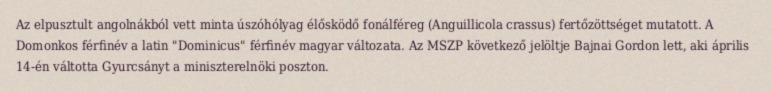
Az elpusztult angolnákból vett minta úszóhólyag élősködő fonálféreg (Anguillicola crassus) fertőzöttséget mutatott. A Domonkos férfinév a latin "Dominicus" férfinév magyar változata. Az MSZP következő jelöltje Bajnai Gordon lett, aki április 14-én váltotta Gyurcsányt a miniszterelnöki poszton.